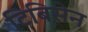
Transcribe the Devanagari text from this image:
टिबिसेन